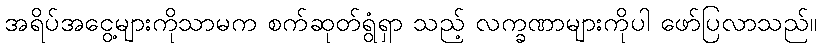
အရိပ်အငွေ့များကိုသာမက စက်ဆုတ်ရွံရှာ သည့် လက္ခဏာများကိုပါ ဖော်ပြလာသည်။